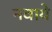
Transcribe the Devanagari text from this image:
नवाये